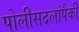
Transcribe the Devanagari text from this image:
पोलीसदलांपैकी